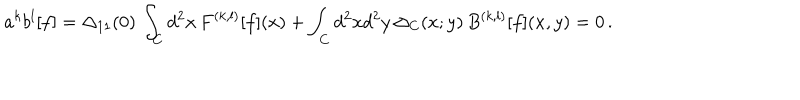
a ^ { k } b ^ { l } [ f ] = \Delta _ { 1 1 } ( 0 ) \, \int _ { C } d ^ { 2 } x \, F ^ { ( k , l ) } [ f ] ( x ) + \int _ { C } d ^ { 2 } x d ^ { 2 } y \, \Delta _ { C } ( x ; y ) \, B ^ { ( k , l ) } [ f ] ( x , y ) = 0 \, .